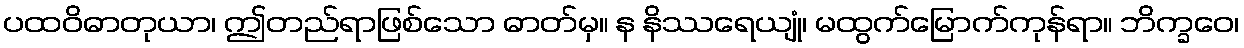
ပထဝိဓာတုယာ၊ ဤတည်ရာဖြစ်သော ဓာတ်မှ။ န နိဿရေယျုံ၊ မထွက်မြောက်ကုန်ရာ။ ဘိက္ခဝေ၊